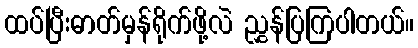
ထပ်ပြီးဓာတ်မှန်ရိုက်ဖို့လဲ ညွှန်ပြကြပါတယ်။